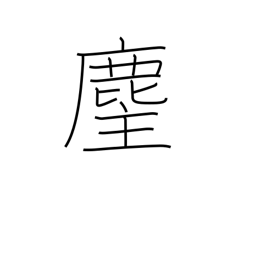
Meaning: priest's horsehair flapper